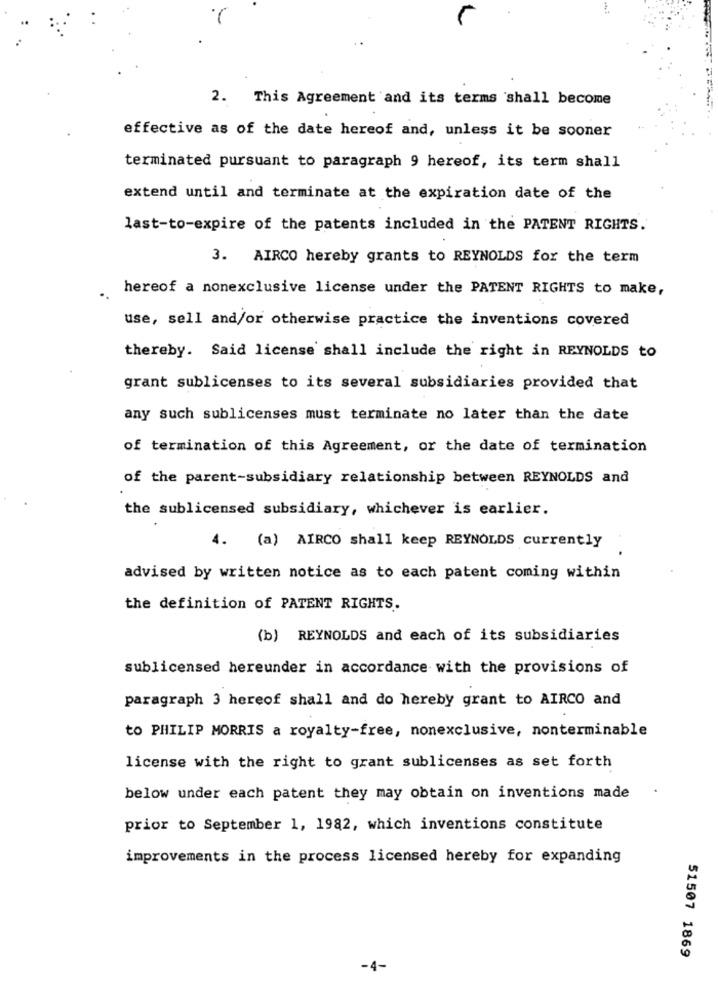
2. This Agreement and its terms shall become
effective as of the date hereof and, unless it be sooner
terminated pursuant to paragraph 9 hereof, its term shall
extend until and terminate at the expiration date of the
last-to-expire of the patents included in the PATENT RIGHTS.
3. AIRCO hereby grants to REYNOLDS for the term
hereof a nonexclusive license under the PATENT RIGHTS to make,
use, sell and/or otherwise practice the inventions covered
thereby. Said license shall include the right in REYNOLDS to
grant sublicenses to its several subsidiaries provided that
any such sublicenses must terminate no later than the date
of termination of this Agreement, or the date of termination
of the parent-subsidiary relationship between REYNOLDS and
the sublicensed subsidiary, whichever is earlier.
4. (a) AIRCO shall keep REYNOLDS currently
advised by written notice as to each patent coming within
the definition of PATENT RIGHTS.
(b) REYNOLDS and each of its subsidiaries
sublicensed hereunder in accordance with the provisions of
paragraph 3 hereof shall and do hereby grant to AIRCO and
to PHILIP MORRIS a royalty-free, nonexclusive, nonterminable
license with the right to grant sublicenses as set forth
below under each patent they may obtain on inventions made
prior to September 1, 1982, which inventions constitute
improvements in the process licensed hereby for expanding
51507 1869
-4-